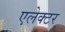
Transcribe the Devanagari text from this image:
एलेक्टर